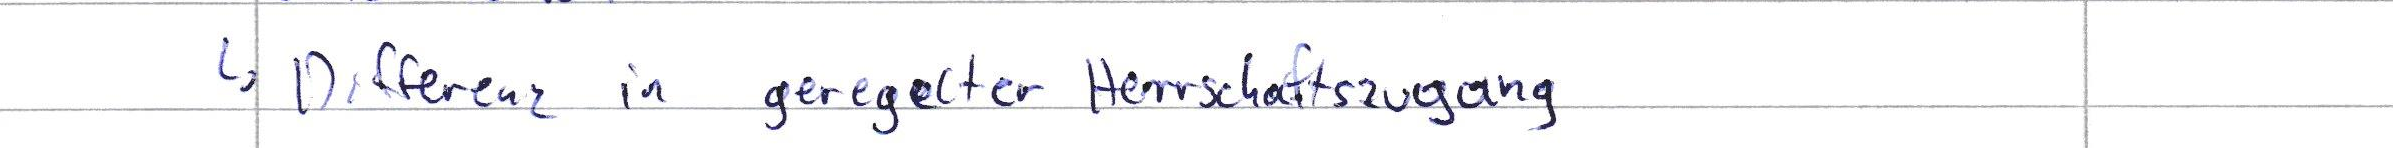
-> Differenz in geregelter Herrschaftszugang